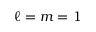
\ell = m = 1